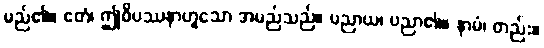
မည်၏။ ဧတံ၊ ဤဝိပဿနာဟူသော အမည်သည်။ ပညာယ၊ ပညာ၏။ နာမံ၊ တည်း။